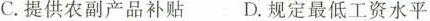
C.提供农副产品补贴 D.规定最低工资水平